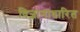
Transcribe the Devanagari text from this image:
विज्ञानाधारित